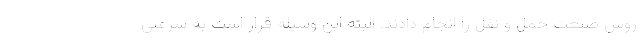
روش صنعت حمل و نقل را انجام دادند. البته این وسیله قرار است به سرعتی